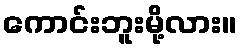
ကောင်းဘူးမို့လား။